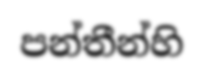
පන්තීන්හි